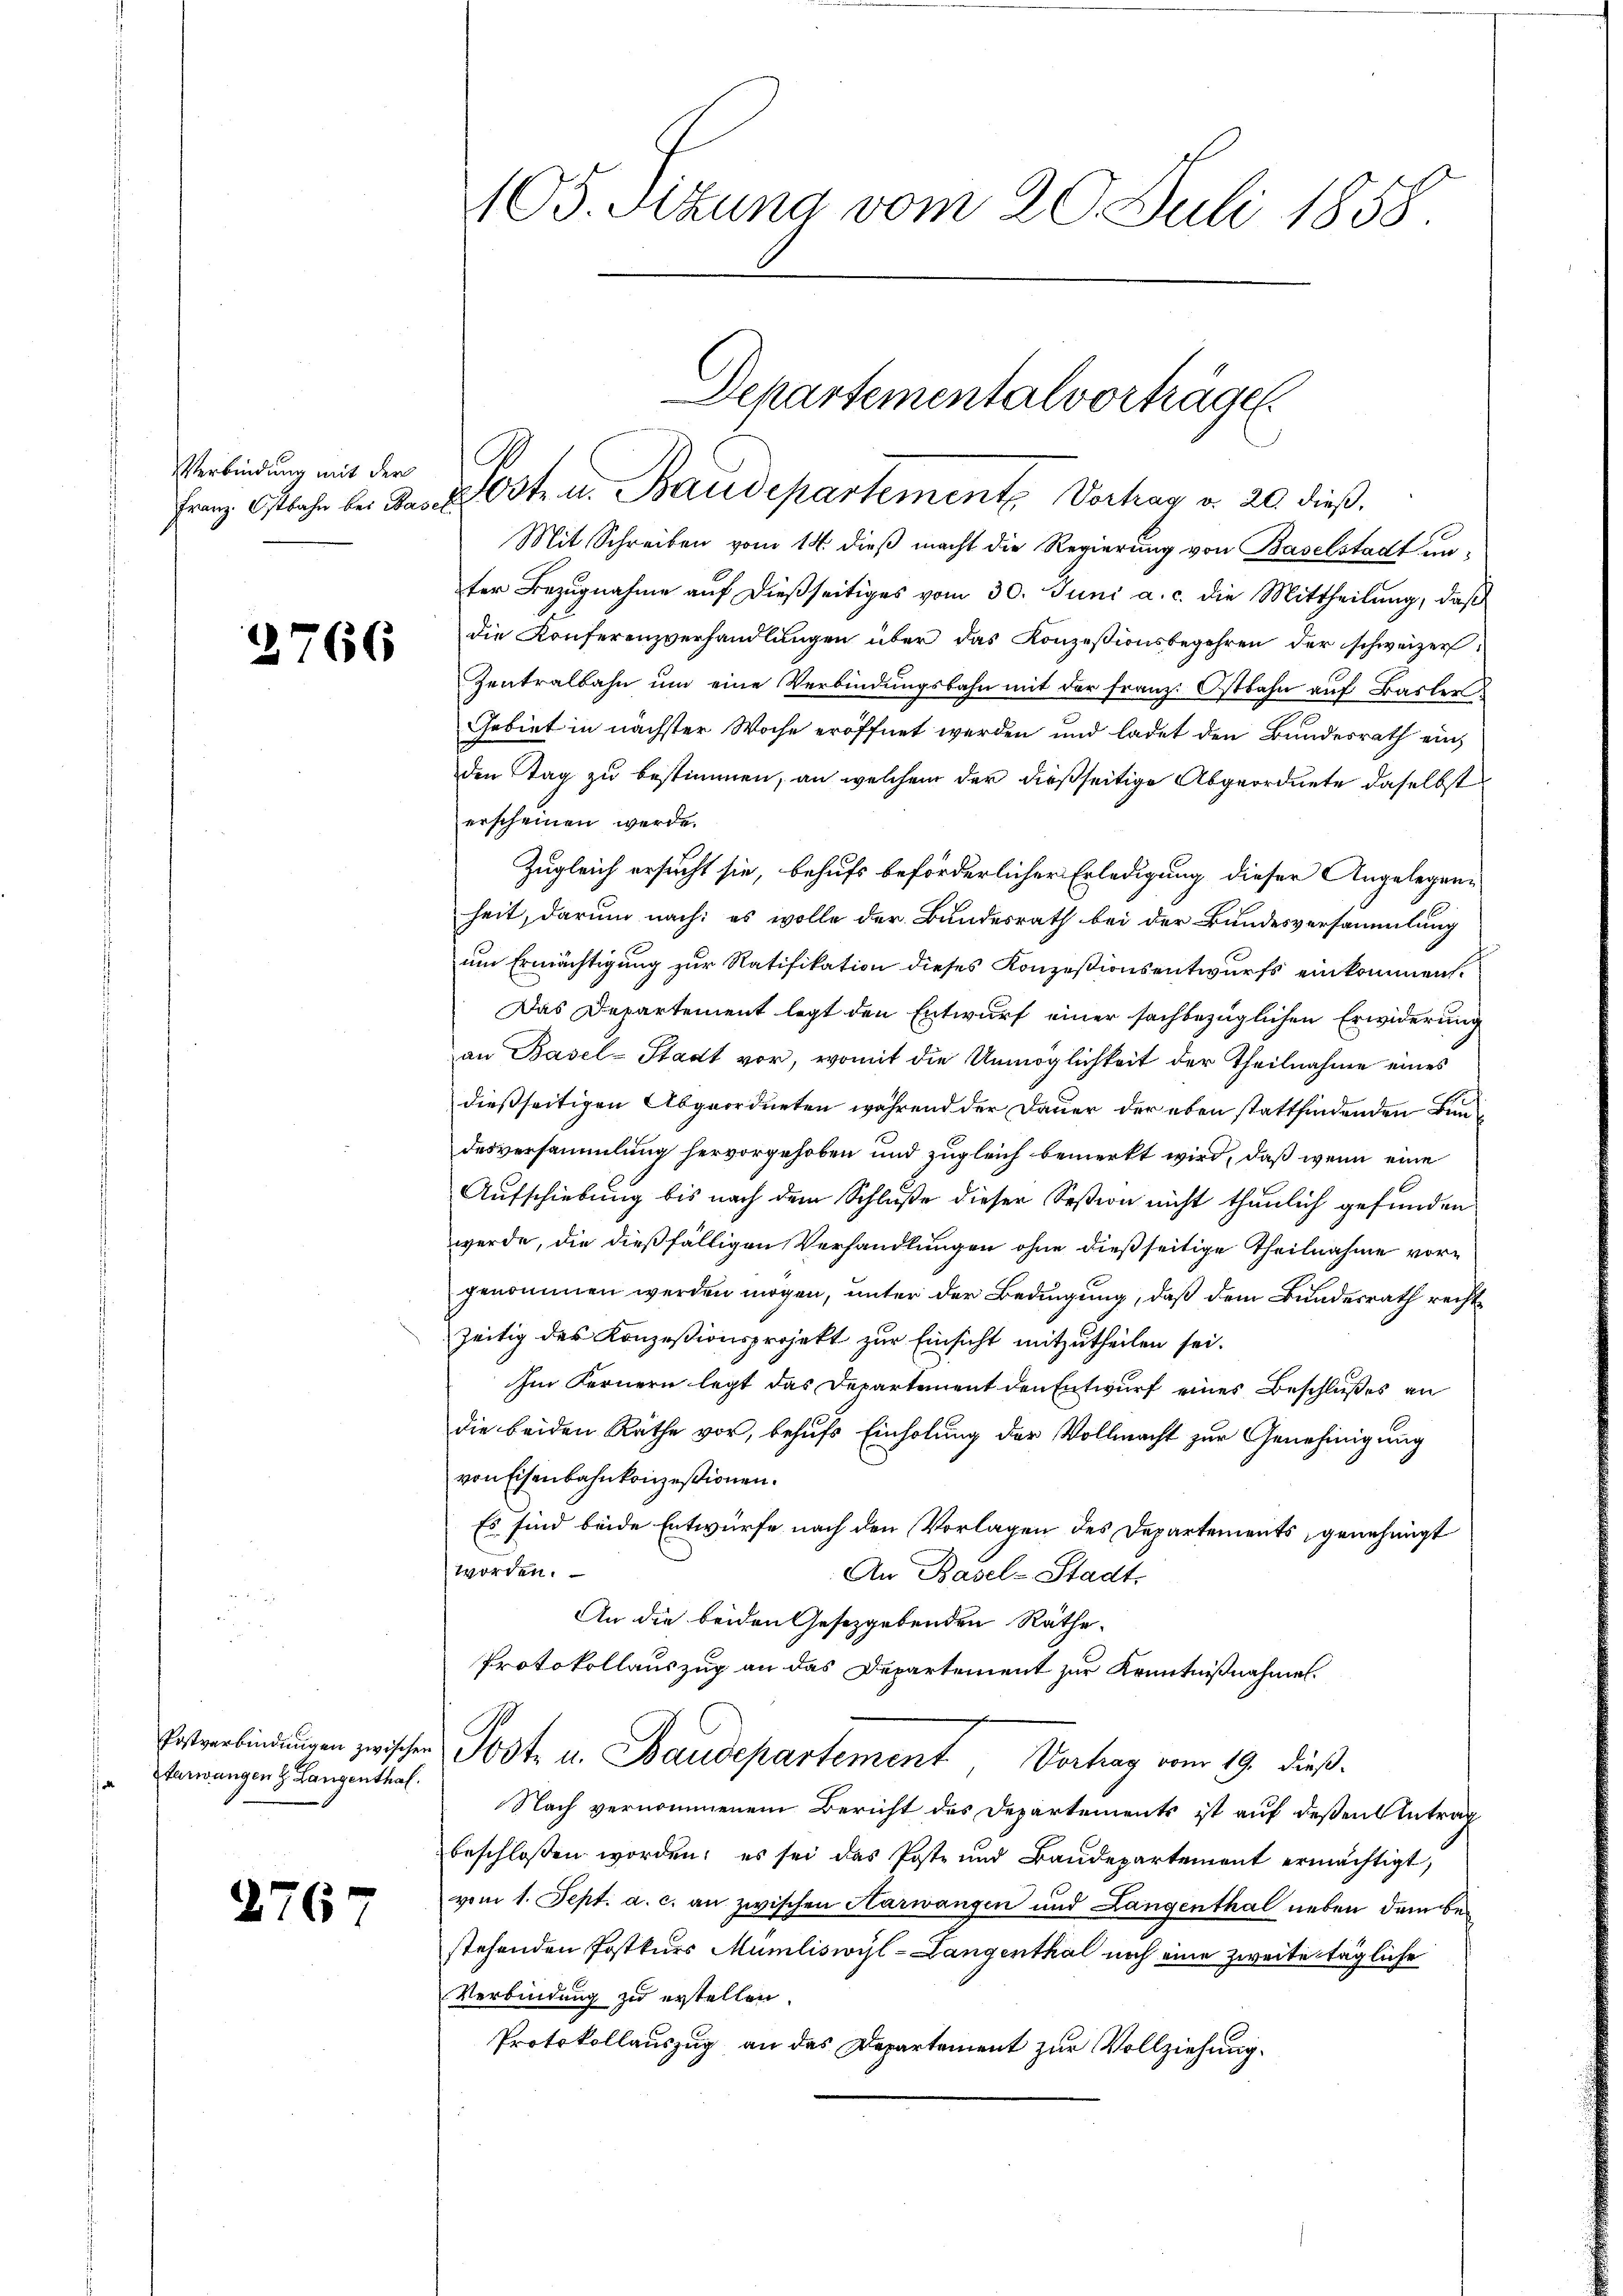
Verbindung mit der

1

Starwangen z. Langenthal.

2767

2766

105. Sitzung vom 20. Juli 1858

Franz Ostbahr bei der Orte u. Baudepartement. Vorhar v. 20. dieß.
Mit Schreiben vom 14. dieß macht die Regierung von Baselstadt unter Bezugnahme auf dießseitiges vom 30. Juni a. c. die Mittheilung, daß
die Konferenzverhandlungen über das Konzessionsbegehren der schweizer,
Zentralbahn um eine Verbindungsbahn mit der Franz. Ostbahn auf Basler
Gebiet in nächster Woche eröffnet werden und ladet den Bundesrath ein
den Tag zu bestimmen, an welchem der dießseitige Abgeordnete daselbst
erscheinen werde.
Zugleich ersucht sie, behufs beförderlicher Erledigung dieser Angelegenheit, darum nach: es wolle der Bundesrath bei der Bundesversammlung
um Ermächtigung zur Ratifikation dieses Konzessionsentwurfs einkommen.
Das Departement legt den Entwurf einer sachbezüglichen Erwiderung
an Basel-Stadt vor, womit die Unmöglichkeit der Theilnahme eines
dießseitigen Abgeordneten während der Dauer der eben stattfindenden Bund
desversammlung hervorgehoben und zugleich bemerkt wird, daß wenn eine
Aufschiebung bis nach dem Schluße dieser Seßion nicht thunlich gefunden
werde, die dießfälligen Verhandlungen ohne dießseitige Theilnahme vorgenommen werden mögen, unter der Bedingung, daß dem Bundesrath recht
zeitig des Konzesionsprojekt zur Einsicht mitzutheilen sei.
Im Fernern legt das Departement den Entwurf eines Beschlußes an
die beiden Rathe vor, behufs Einholung der Vollmacht zur Genehmigung
von Eisenbahnkonzessionen.
Es sind beide Entwürfe nach den Vorlagen des Departements, genehmigt
worden.
An Basel-Stadt.
An die beiden Gesetzgebenden Räthe.
Protokollauszug an das Departement zur Kenntnißnahmen.
Postverbindŭngen zwischen Todte u. Baudepartement Vortrag vom 19. dieß.
Nach vernommenem Bericht des Departements ist auf deßen Antrag
beschlossen worden; es sei das Poste und Baudepartement ermächtigt,
vom 1. Sept. a. c. an zwischen Harwangen und Langenthal neben dem bestehenden Postkurs Mumliswyl-Langenthal noch eine zweite tägliche
Verbindung zu erstellen.
Protokollauszug an das Departement zur Vollziehung.

Departementalvorträge.